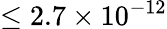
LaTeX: \leq 2.7\times 10^{-12}